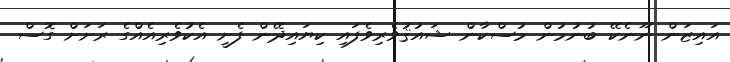
އައިޒަން ނޫނެކޭ ބުނުމުން މުސްކާން ޝައުޤުވެރިވެފައި ކިޔައިދޭން ފެށީ އެކުވެރިއެއްގެ ރަށަށް ގޮސް